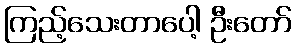
ကြည့်သေးတာပေါ့ ဦးတော်